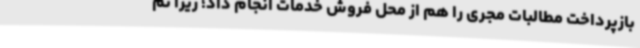
بازپرداخت مطالبات مجری را هم از محل فروش خدمات انجام داد؛ زیرا نم